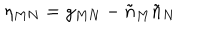
\eta _ { M N } = g _ { M N } - \tilde { n } _ { M } \tilde { n } _ { N }